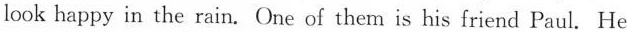
look happy in the rain. One of them is his friend Paul. He